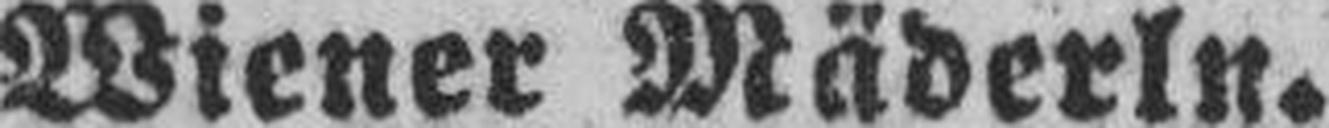
Wiener Mäderln.